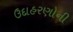
ઉદાહરણોની